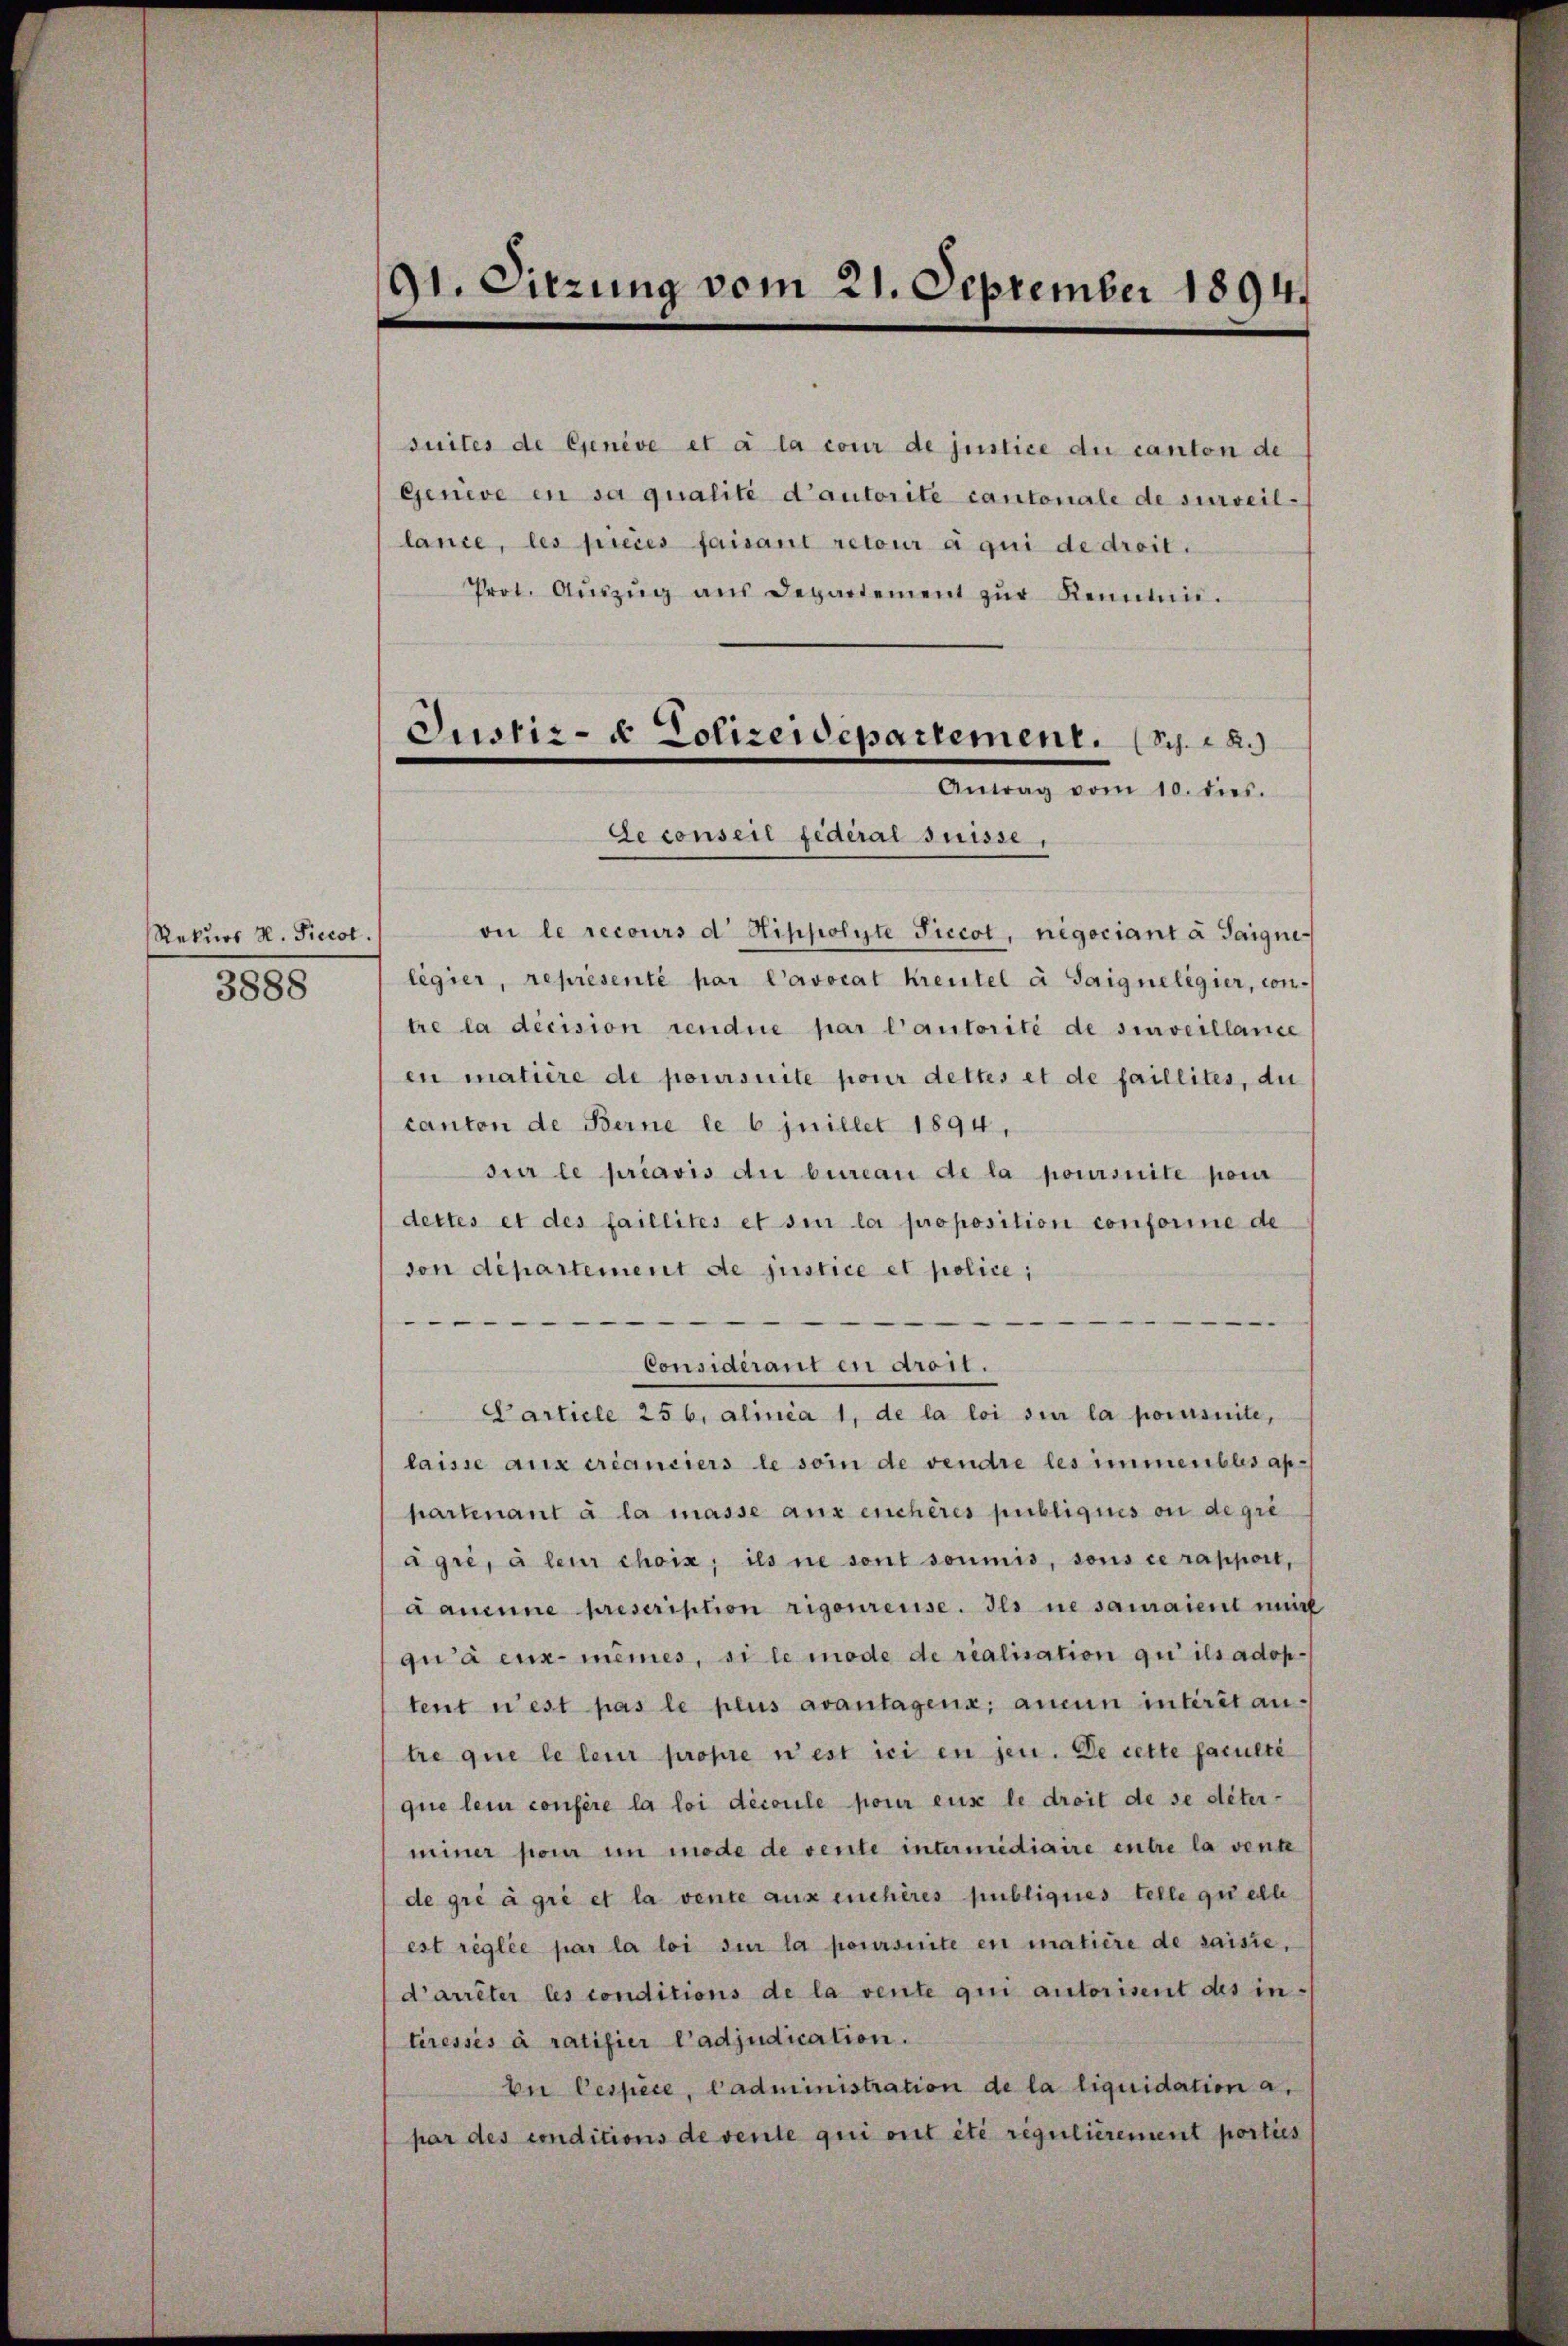
Rekurs H. Piccot.
3888

91. Sitzung vom 21. September 1894.

suites de Genève et à la cour de justice du canton de
Geneve en sa qualité d’autorite cantonale de surveillance, les précés faisant retour à qui de droit.
Prot. Aŭszŭg aŭs Departement zŭr Kenntni
on le recours d. Hippolyte Siccot, negociant à Taigne-
legier, representé par l’avocat Kreutel à Saigneligier, con-
tre la décision rendue par l’autorité de surveillance
en matière de poursuite pour dettes et de faillites, du
canton de Berne le 6 juillet 1894,
sur le préavis die bureau de la poursuite pour
dettes et des faillités et sie la proposition conforine de
von département de justice et police,

Considérant en droit.
Particle 256, alinia 1, de la loi sur la pomsuite,
laisse aux créanciers le soin de vendre les immeubles ap-
partenant à la masse aux enchères publiques ou degre
ägre, à leur choix, ils ne sont soumis, sons ce rapport,
damne prescription rigonreuse. Ils ne samaient mir
gu à eux- meines, si le mode de realisation qui ils adoptent n’est pas le plus avantagen; aucun interit an-
tre que le leur propre n’est ici en jen. De cette faculté
que lein confère la loi découle pour eus le droit de se déter-
miner pour im mode de vente intermidiaire entre la vente
de gré à gré et la vente aux enchères publiques telle quelle
est réglée par la loi sur la poursuite en matière de saisie,
d’arrêter les conditions de la vente qui autorisent des interessés à ratifier l’adjudication.
bei Cespèce, Cadministration de la liquidation a.
par des conditions de vente qui ont été régulierement porties

Justiz- & Polizeidepartement. S.
Antrag vom 10. dies.
Le conseil fédéral suisse,